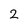
Character: 2